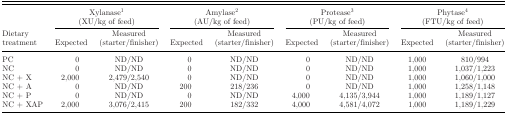
<table><thead><tr><td></td><td colspan="2"><b>Xylanase<sup>1</sup></b></td><td colspan="2"><b>Amylase<sup>2</sup></b></td><td colspan="2"><b>Protease<sup>3</sup></b></td><td colspan="2"><b>Phytase<sup>4</sup></b></td></tr><tr><td></td><td colspan="2"><b>(XU/kg of feed)</b></td><td colspan="2"><b>(AU/kg of feed)</b></td><td colspan="2"><b>(PU/kg of feed)</b></td><td colspan="2"><b>(FTU/kg of feed)</b></td></tr><tr><td><b>Dietary</b></td><td></td><td><b>Measured</b></td><td></td><td><b>Measured</b></td><td></td><td><b>Measured</b></td><td></td><td><b>Measured</b></td></tr><tr><td><b>treatment</b></td><td><b>Expected</b></td><td><b>(starter/finisher)</b></td><td><b>Expected</b></td><td><b>(starter/finisher)</b></td><td><b>Expected</b></td><td><b>(starter/finisher)</b></td><td><b>Expected</b></td><td><b>(starter/finisher)</b></td></tr></thead><tbody><tr><td>PC</td><td>0</td><td>ND/ND</td><td>0</td><td>ND/ND</td><td>0</td><td>ND/ND</td><td>1,000</td><td>810/994</td></tr><tr><td>NC</td><td>0</td><td>ND/ND</td><td>0</td><td>ND/ND</td><td>0</td><td>ND/ND</td><td>1,000</td><td>1,037/1,223</td></tr><tr><td>NC + X</td><td>2,000</td><td>2,479/2,540</td><td>0</td><td>ND/ND</td><td>0</td><td>ND/ND</td><td>1,000</td><td>1,060/1,000</td></tr><tr><td>NC + A</td><td>0</td><td>ND/ND</td><td>200</td><td>218/236</td><td>0</td><td>ND/ND</td><td>1,000</td><td>1,258/1,148</td></tr><tr><td>NC + P</td><td>0</td><td>ND/ND</td><td>0</td><td>ND/ND</td><td>4,000</td><td>4,135/3,944</td><td>1,000</td><td>1,189/1,127</td></tr><tr><td>NC + XAP</td><td>2,000</td><td>3,076/2,415</td><td>200</td><td>182/332</td><td>4,000</td><td>4,581/4,072</td><td>1,000</td><td>1,189/1,229</td></tr></tbody></table>